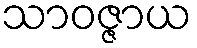
သာဝဇ္ဇာယ